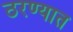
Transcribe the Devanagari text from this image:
ठरण्यात